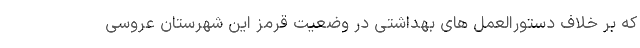
که بر خلاف دستورالعمل های بهداشتی در وضعیت قرمز این شهرستان عروسی